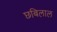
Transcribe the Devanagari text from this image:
छबिलाल